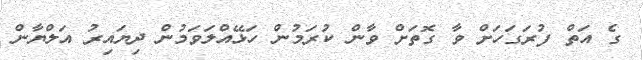
ގެ އަތް ފުރަގަހަށް ވާ ގޮތަށް ވާން ކުރަމުން ހަޅޭއްލަވަމުން ދިޔައިރު އަލްޔާން